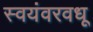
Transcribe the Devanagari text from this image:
स्वयंवरवधू